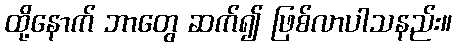
ထို့နောက် ဘာတွေ ဆက်၍ ဖြစ်လာပါသနည်း။